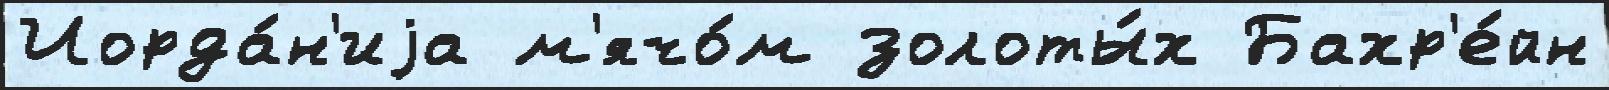
Иорда́н'иjа м'ячо́м золоты́х Бахр'е́йн